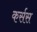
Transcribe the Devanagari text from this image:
कर्सस